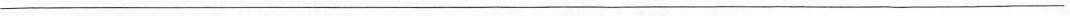
___